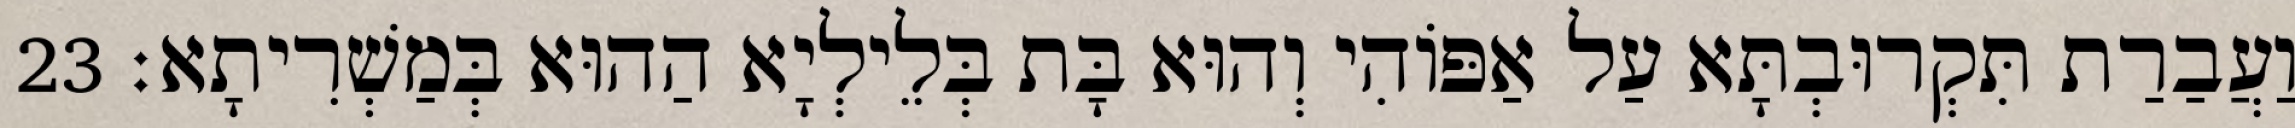
וַעֲבַרַת תִּקְרוּבְתָּא עַל אַפּוֹהִי וְהוּא בָּת בְּלֵילְיָא הַהוּא בְּמַשְׁרִיתָא׃ 23